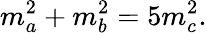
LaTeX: m_{a}^{2}+m_{b}^{2}=5m_{c}^{2}.